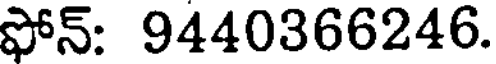
ఫోన్: 9440366246.